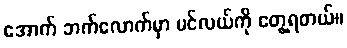
အောက် ဘက်လောက်မှာ ပင်လယ်ကို တွေ့ရတယ်။